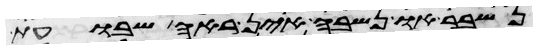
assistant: נשבר או נשבה אין ראה שבועת